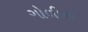
ગોળીનો